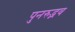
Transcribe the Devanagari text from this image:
पुनरुद्भव